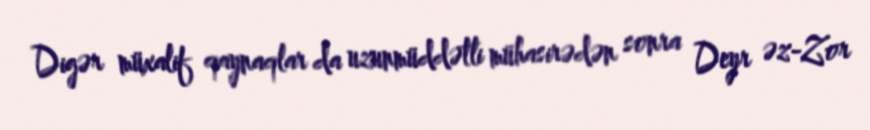
Digər müxalif qaynaqlar da uzunmüddətli mühasirədən sonra Deyr əz-Zor